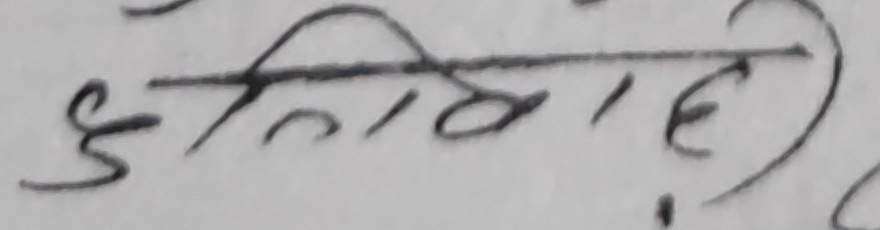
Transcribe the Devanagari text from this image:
इतिहास